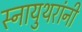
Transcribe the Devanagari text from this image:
स्नायुथरांनी